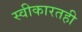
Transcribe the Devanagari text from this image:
स्वीकारतही